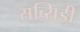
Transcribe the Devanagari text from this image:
सब्सिडी